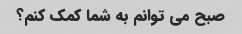
صبح می توانم به شما کمک کنم؟